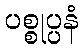
ပစ္စုပ္ပနံ